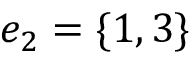
e _ { 2 } = \{ 1 , 3 \}